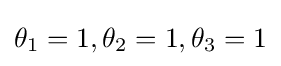
\theta _{1}=1,\theta _{2}=1,\theta _{3}=1